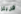
فريتز